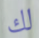
لك